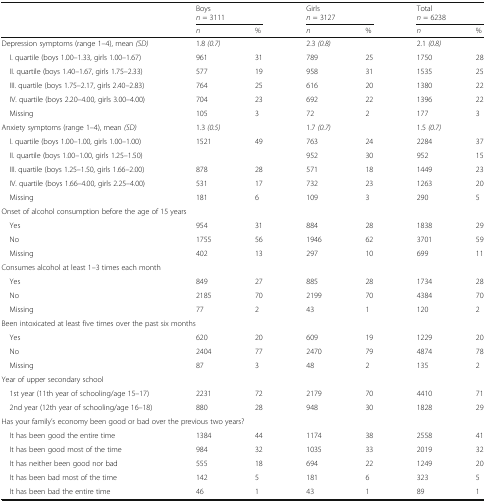
<table><thead><tr><td rowspan="2"></td><td colspan="2"><b>Boys<i>n</i> = 3111</b></td><td colspan="2"><b>Girls<i>n</i> = 3127</b></td><td colspan="2"><b>Total<i>n</i> = 6238</b></td></tr><tr><td><b><i>n</i></b></td><td><b>%</b></td><td><b><i>n</i></b></td><td><b>%</b></td><td><b><i>n</i></b></td><td><b>%</b></td></tr></thead><tbody><tr><td>Depression symptoms (range 1–4), mean <i>(SD)</i></td><td colspan="2">1.8 <i>(0.7)</i></td><td colspan="2">2.3 <i>(0.8)</i></td><td colspan="2">2.1 <i>(0.8)</i></td></tr><tr><td> I. quartile (boys 1.00–1.33, girls 1.00–1.67)</td><td>961</td><td>31</td><td>789</td><td>25</td><td>1750</td><td>28</td></tr><tr><td> II. quartile (boys 1.40–1.67, girls 1.75–2.33)</td><td>577</td><td>19</td><td>958</td><td>31</td><td>1535</td><td>25</td></tr><tr><td> III. quartile (boys 1.75–2.17, girls 2.40–2.83)</td><td>764</td><td>25</td><td>616</td><td>20</td><td>1380</td><td>22</td></tr><tr><td> IV. quartile (boys 2.20–4.00, girls 3.00–4.00)</td><td>704</td><td>23</td><td>692</td><td>22</td><td>1396</td><td>22</td></tr><tr><td> Missing</td><td>105</td><td>3</td><td>72</td><td>2</td><td>177</td><td>3</td></tr><tr><td>Anxiety symptoms (range 1–4), mean <i>(SD)</i></td><td colspan="2">1.3 <i>(0.5)</i></td><td colspan="2">1.7 <i>(0.7)</i></td><td colspan="2">1.5 <i>(0.7)</i></td></tr><tr><td> I. quartile (boys 1.00–1.00, girls 1.00–1.00)</td><td rowspan="2">1521</td><td rowspan="2">49</td><td>763</td><td>24</td><td>2284</td><td>37</td></tr><tr><td> II. quartile (boys 1.00–1.00, girls 1.25–1.50)</td><td>952</td><td>30</td><td>952</td><td>15</td></tr><tr><td> III. quartile (boys 1.25–1.50, girls 1.66–2.00)</td><td>878</td><td>28</td><td>571</td><td>18</td><td>1449</td><td>23</td></tr><tr><td> IV. quartile (boys 1.66–4.00, girls 2.25–4.00)</td><td>531</td><td>17</td><td>732</td><td>23</td><td>1263</td><td>20</td></tr><tr><td> Missing</td><td>181</td><td>6</td><td>109</td><td>3</td><td>290</td><td>5</td></tr><tr><td colspan="7">Onset of alcohol consumption before the age of 15 years</td></tr><tr><td> Yes</td><td>954</td><td>31</td><td>884</td><td>28</td><td>1838</td><td>29</td></tr><tr><td> No</td><td>1755</td><td>56</td><td>1946</td><td>62</td><td>3701</td><td>59</td></tr><tr><td> Missing</td><td>402</td><td>13</td><td>297</td><td>10</td><td>699</td><td>11</td></tr><tr><td colspan="7">Consumes alcohol at least 1–3 times each month</td></tr><tr><td> Yes</td><td>849</td><td>27</td><td>885</td><td>28</td><td>1734</td><td>28</td></tr><tr><td> No</td><td>2185</td><td>70</td><td>2199</td><td>70</td><td>4384</td><td>70</td></tr><tr><td> Missing</td><td>77</td><td>2</td><td>43</td><td>1</td><td>120</td><td>2</td></tr><tr><td colspan="7">Been intoxicated at least five times over the past six months</td></tr><tr><td> Yes</td><td>620</td><td>20</td><td>609</td><td>19</td><td>1229</td><td>20</td></tr><tr><td> No</td><td>2404</td><td>77</td><td>2470</td><td>79</td><td>4874</td><td>78</td></tr><tr><td> Missing</td><td>87</td><td>3</td><td>48</td><td>2</td><td>135</td><td>2</td></tr><tr><td>Year of upper secondary school</td><td></td><td></td><td></td><td></td><td></td><td></td></tr><tr><td> 1st year (11th year of schooling/age 15–17)</td><td>2231</td><td>72</td><td>2179</td><td>70</td><td>4410</td><td>71</td></tr><tr><td> 2nd year (12th year of schooling/age 16–18)</td><td>880</td><td>28</td><td>948</td><td>30</td><td>1828</td><td>29</td></tr><tr><td colspan="7">Has your family’s economy been good or bad over the previous two years?</td></tr><tr><td> It has been good the entire time</td><td>1384</td><td>44</td><td>1174</td><td>38</td><td>2558</td><td>41</td></tr><tr><td> It has been good most of the time</td><td>984</td><td>32</td><td>1035</td><td>33</td><td>2019</td><td>32</td></tr><tr><td> It has neither been good nor bad</td><td>555</td><td>18</td><td>694</td><td>22</td><td>1249</td><td>20</td></tr><tr><td> It has been bad most of the time</td><td>142</td><td>5</td><td>181</td><td>6</td><td>323</td><td>5</td></tr><tr><td> It has been bad the entire time</td><td>46</td><td>1</td><td>43</td><td>1</td><td>89</td><td>1</td></tr></tbody></table>